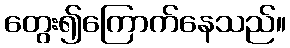
တွေး၍ကြောက်နေသည်။